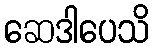
ဆေဒါပေသိ